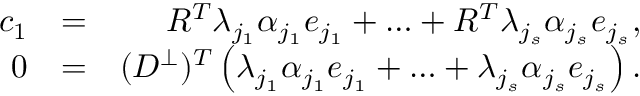
\begin{array} { r l r } { c _ { 1 } } & { = } & { R ^ { T } \lambda _ { j _ { 1 } } \alpha _ { j _ { 1 } } e _ { j _ { 1 } } + \ldots + R ^ { T } \lambda _ { j _ { s } } \alpha _ { j _ { s } } e _ { j _ { s } } , } \\ { 0 } & { = } & { ( D ^ { \perp } ) ^ { T } \left( \lambda _ { j _ { 1 } } \alpha _ { j _ { 1 } } e _ { j _ { 1 } } + \ldots + \lambda _ { j _ { s } } \alpha _ { j _ { s } } e _ { j _ { s } } \right) . } \end{array}